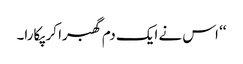
‘‘ اس نے ایک دم گھبرا کر پکارا۔